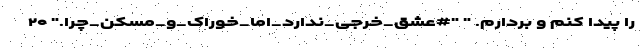
را پیدا کنم و بردارم. " "#عشق_خرجی_ندارد_اما_خوراک_و_مسکن_چرا." ۲۰